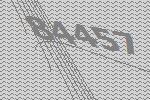
84457